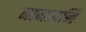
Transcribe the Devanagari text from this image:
नामावलि